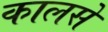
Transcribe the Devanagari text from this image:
कालसे